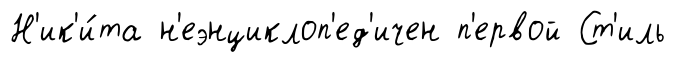
Н'ик'и́та н'еэнциклоп'ед'ичен п'ервой Ст'иль